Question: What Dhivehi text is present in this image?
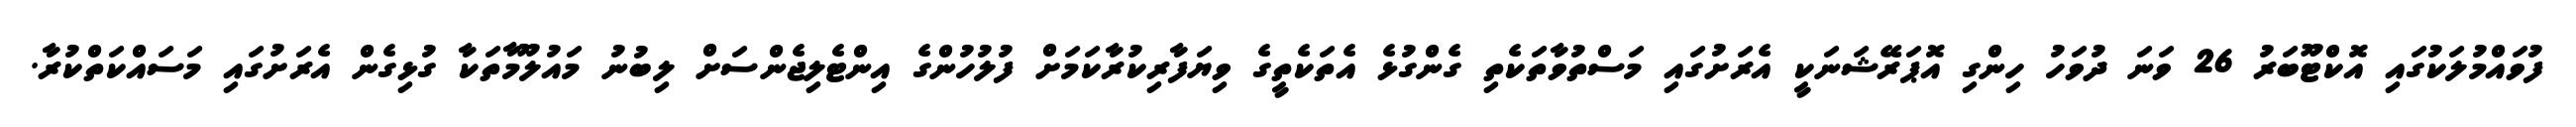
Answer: ފުވައްމުލަކުގައި އޮކްޓޫބަރު 26 ވަނަ ދުވަހު ހިންގި އޮޕަރޭޝަނަކީ އެރަށުގައި މަސްތުވާތަކެތި ގެންގުޅެ އެތަކެތީގެ ވިޔަފާރިކުރާކަމަށް ފުލުހުންގެ އިންޓެލިޖެންސަށް ލިބުނު މައުލޫމާތަކާ ގުޅިގެން އެރަށުގައި މަސައްކަތްކުރާ.